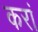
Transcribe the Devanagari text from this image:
करां